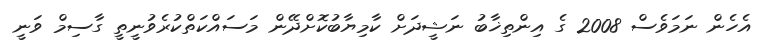
އެހެން ނަމަވެސް 2008 ގެ އިންތިޚާބު ނަޝީދަށް ކާމިޔާބުކޮށްދޭން މަސައްކަތްކުރެވުނީތީ ގާސިމް ވަނީ